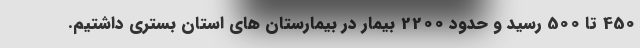
450 تا 500 رسید و حدود 2200 بیمار در بیمارستان های استان بستری داشتیم.